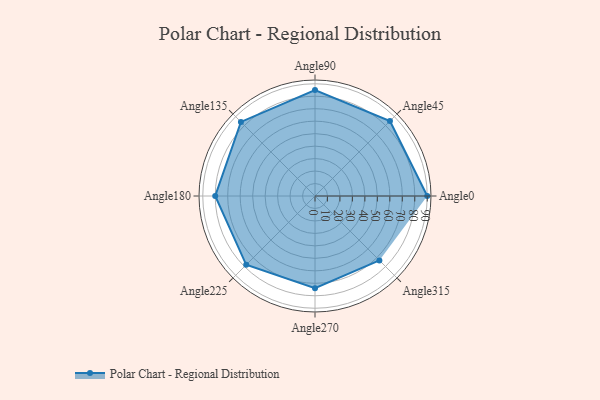
{"axis": {"x": "Angle", "y": "Radius"}, "legend": [""], "data": [{"x": "Angle0", "y": 90.0, "type": ""}, {"x": "Angle45", "y": 85.0, "type": ""}, {"x": "Angle90", "y": 85.0, "type": ""}, {"x": "Angle135", "y": 84.0, "type": ""}, {"x": "Angle180", "y": 80.0, "type": ""}, {"x": "Angle225", "y": 78.0, "type": ""}, {"x": "Angle270", "y": 74.0, "type": ""}, {"x": "Angle315", "y": 73.0, "type": ""}]}